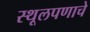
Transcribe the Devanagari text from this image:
स्थूलपणाचे